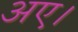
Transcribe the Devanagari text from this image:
अए।